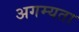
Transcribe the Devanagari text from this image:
अगम्यता